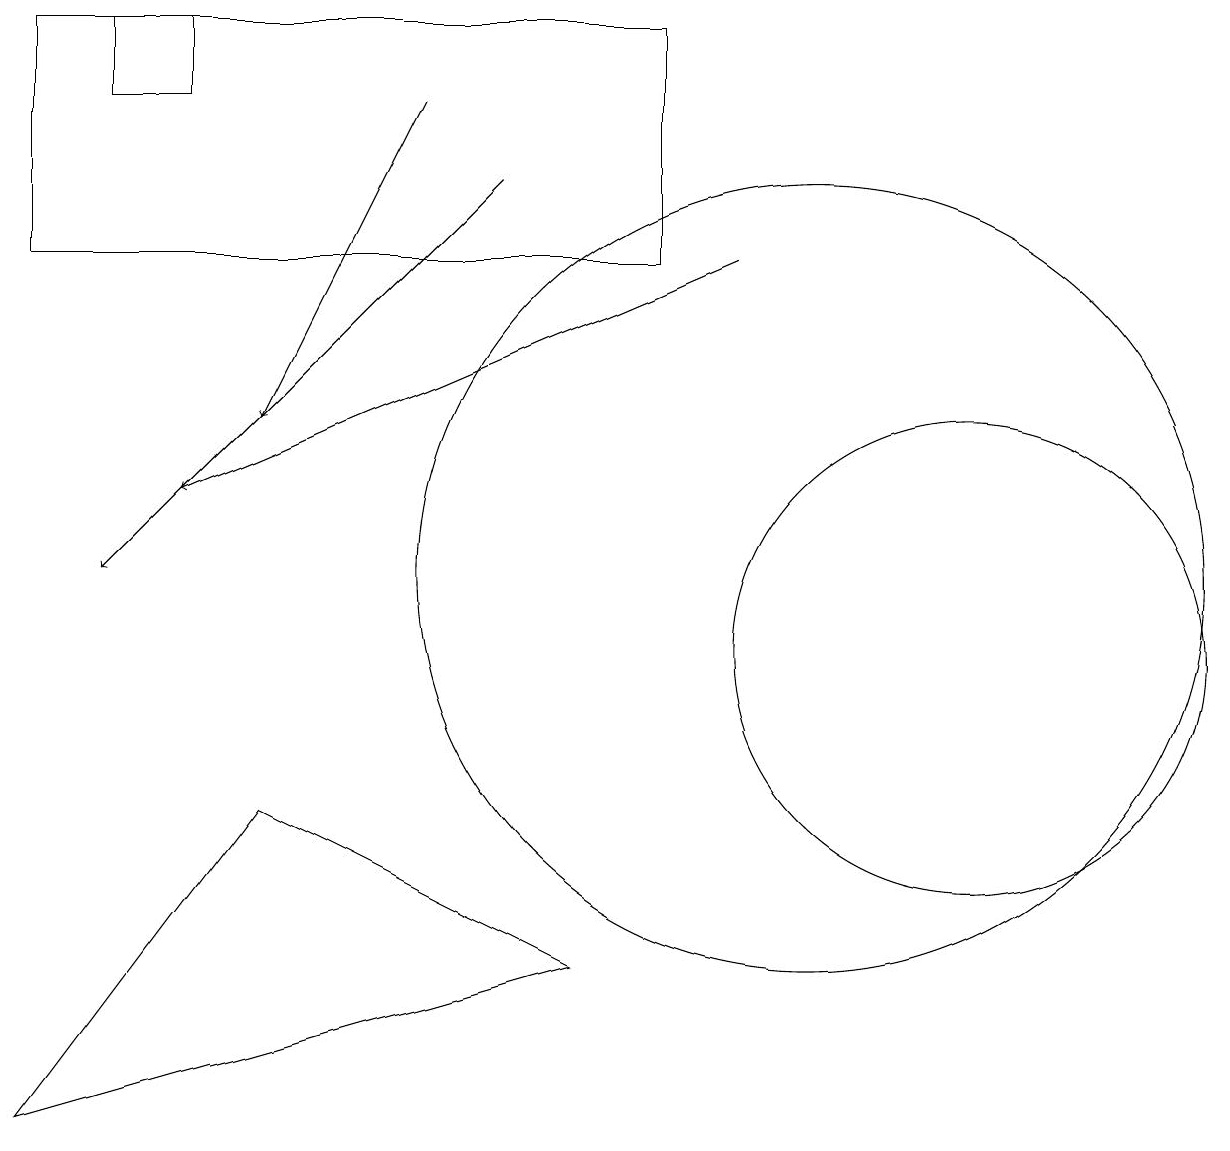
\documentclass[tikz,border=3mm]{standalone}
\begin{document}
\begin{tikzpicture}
\draw (12,11) circle (3);
\draw[->] (6,17) -- (1,12);
\draw (2,19) rectangle (1,18);
\draw[->] (9,16) -- (2,13);
\draw (0,19) rectangle (8,16);
\draw[->] (5,18) -- (3,14);
\draw (10,12) circle (5);
\draw (7,7) -- (3,9) -- (0,5) -- cycle;
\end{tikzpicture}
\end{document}